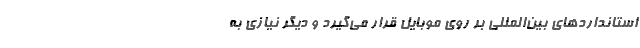
استانداردهای بین‌المللی بر روی موبایل قرار می‌گیرد و دیگر نیازی به